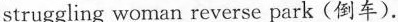
struggling woman reverse park (倒车).